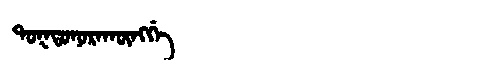
Manchu: ᡨᠣᡴᡨᠣᠨᠣᡵᠠᡴᡡᠩᡤᡝ
Romanization: TOKTONORAKŪNGGE